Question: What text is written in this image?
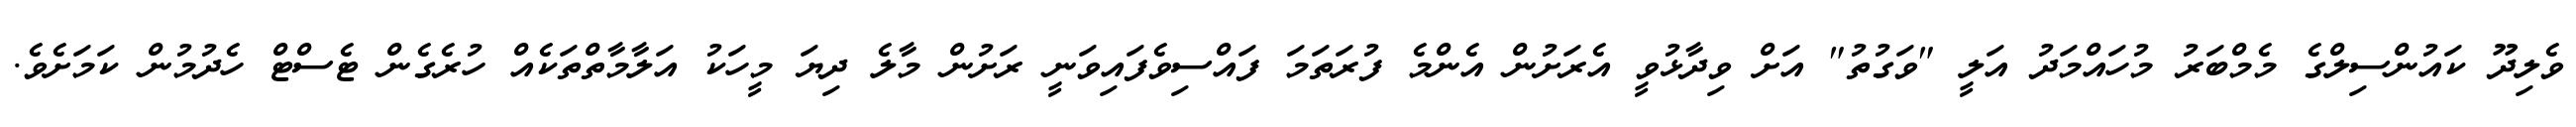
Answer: ވެލިދޫ ކައުންސިލްގެ މެމްބަރު މުހައްމަދު އަލީ "ވަގުތު" އަށް ވިދާޅުވީ އެރަށުން އެންމެ ފުރަތަމަ ފައްސިވެފައިވަނީ ރަށުން މާލެ ދިޔަ މީހަކު އަލާމާތްތަކެއް ހުރެގެން ޓެސްޓް ހެދުމުން ކަމަށެވެ.